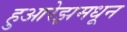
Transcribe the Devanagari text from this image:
हुआरेझमधून